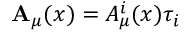
\mathbf { A } _ { \mu } ( x ) = A _ { \mu } ^ { i } ( x ) \tau _ { i }